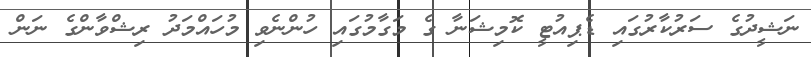
ނަޝީދުގެ ސަރުކާރުގައި ޑެޕިއުޓީ ކޮމިޝަނާ ގެ މަގާމުގައި ހުންނެވި މުހައްމަދު ރިޝްވާންގެ ނަން